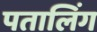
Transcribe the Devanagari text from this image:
पतालिंग